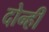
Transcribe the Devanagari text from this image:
दोन्‍ही